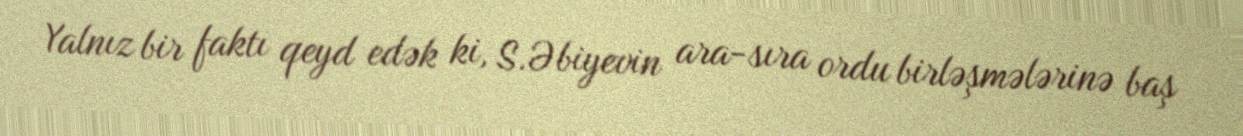
Yalnız bir faktı qeyd edək ki, S.Əbiyevin ara-sıra ordu birləşmələrinə baş